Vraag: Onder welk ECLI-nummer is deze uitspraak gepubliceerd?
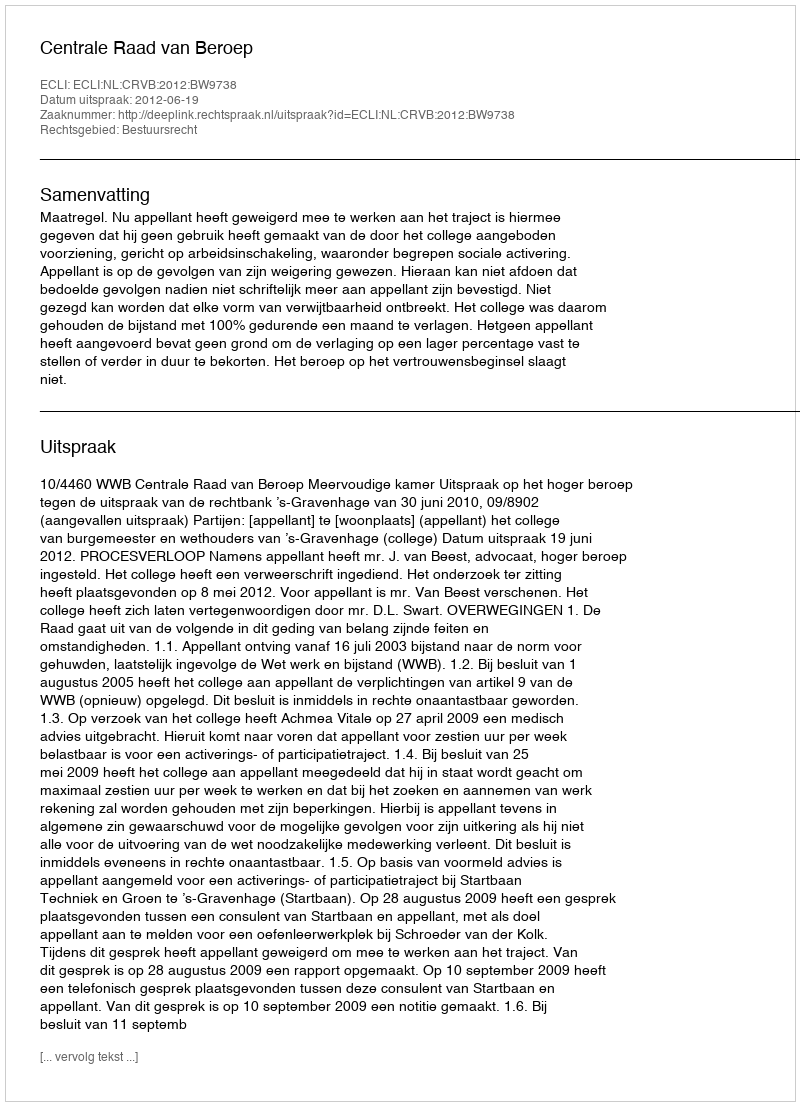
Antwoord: ECLI:NL:CRVB:2012:BW9738